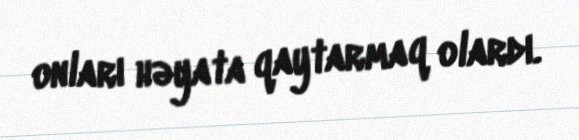
onları həyata qaytarmaq olardı.